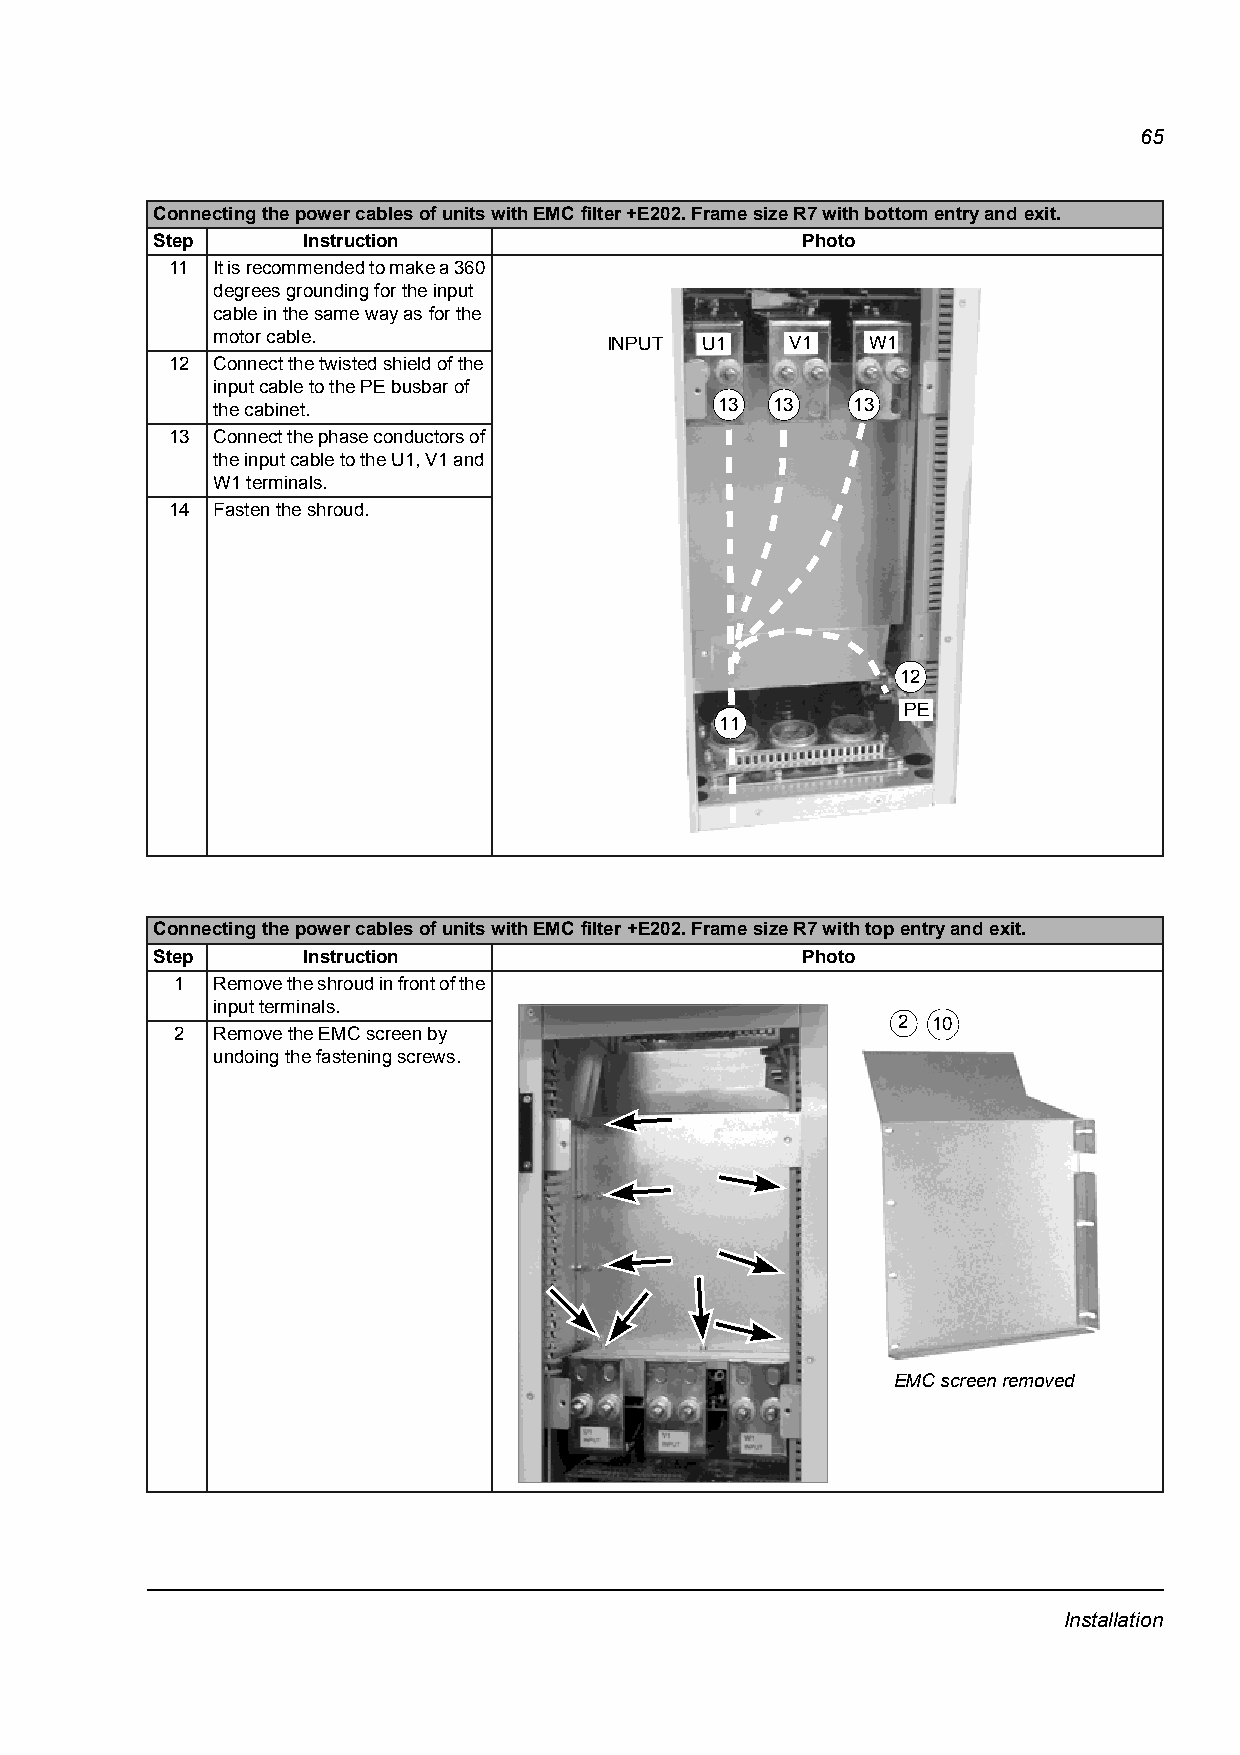
65
 Connecting the power cables of units with EMC filter +E202. Frame size R7 with bottom entry and exit.
 Step      Instruction                      Photo
 11 It is recommended to make a 360
 degrees grounding for the input
 cable in the same way as for the
 motor cable.              INPUT U1    V1    W1
 12 Connect the twisted shield of the
 input cable to the PE busbar of
 the cabinet.                      13 13   13
 13 Connect the phase conductors of
 the input cable to the U1, V1 and
 W1 terminals.
 14 Fasten the shroud.
 12
 PE
 11
 Connecting the power cables of units with EMC filter +E202. Frame size R7 with top entry and exit.
 Step      Instruction                      Photo
 1 Remove the shroud in front of the
 input terminals.
 2  10
 2 Remove the EMC screen by
 undoing the fastening screws.
 EMC screen removed
 Installation